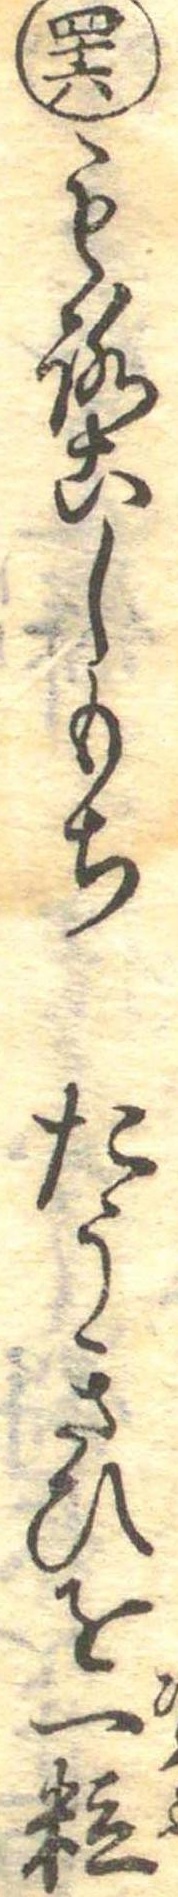
四十六もろこしもちたうきひを一粒